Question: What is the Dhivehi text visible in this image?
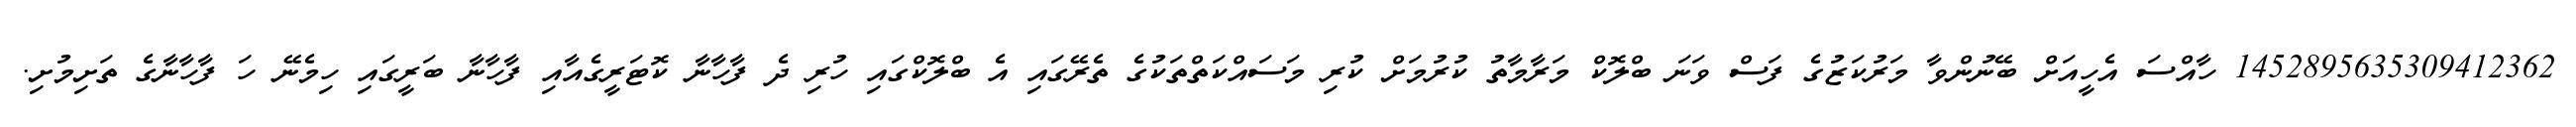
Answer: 1452895635309412362 ހާއްސަ އެހީއަށް ބޭނުންވާ މަރުކަޒުގެ ފަސް ވަނަ ބްލޮކް މަރާމާތު ކުރުމަށް ކުރި މަސައްކަތްތަކުގެ ތެރޭގައި އެ ބްލޮކްގައި ހުރި ދެ ފާހާނާ ކޮޓަރީގެއާއި ފާހާނާ ބަރީގައި ހިމެނޭ ހަ ފާހާނާގެ ތަށިމުށި.